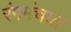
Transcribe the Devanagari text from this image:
रंगमंचात